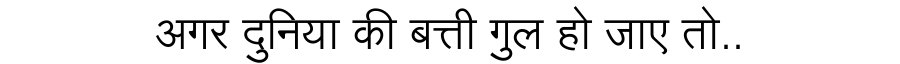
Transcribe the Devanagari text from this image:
अगर दुनिया की बत्ती गुल हो जाए तो..